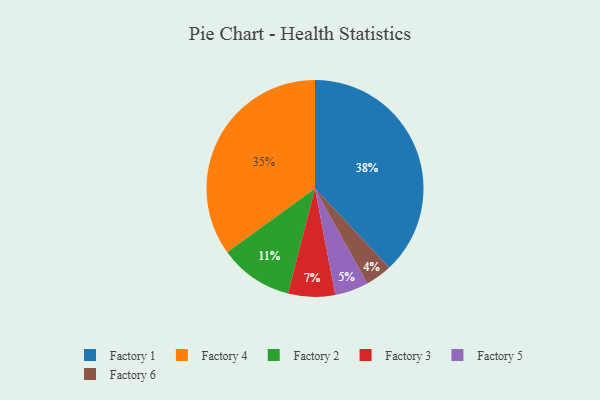
{"axis": {"x": "Category", "y": "Percentage"}, "legend": ["Factory 1", "Factory 2", "Factory 3", "Factory 4", "Factory 5", "Factory 6"], "data": [{"x": "Factory 3", "y": 7, "type": "Factory 3"}, {"x": "Factory 5", "y": 5, "type": "Factory 5"}, {"x": "Factory 1", "y": 38, "type": "Factory 1"}, {"x": "Factory 6", "y": 4, "type": "Factory 6"}, {"x": "Factory 2", "y": 11, "type": "Factory 2"}, {"x": "Factory 4", "y": 35, "type": "Factory 4"}]}